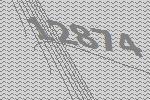
12874